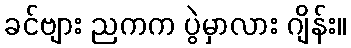
ခင်ဗျား ညကက ပွဲမှာလား ဂျိန်း။